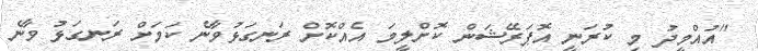
"އުއްމީދު މި ކުރަނީ އޮޕަރޭޝަން ކޮށްލީމަ އެއްކޮށް ރަނގަޅުވާނެ ކަމަށް ރަނގަޅު ވާނެ